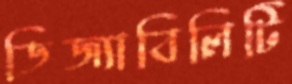
ডিজ্যাবিলিটি